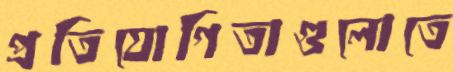
প্রতিযোগিতাগুলোতে